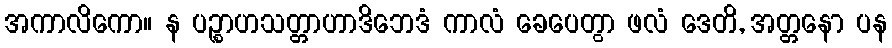
အကာလိကော။ န ပဉ္စာဟသတ္တာဟာဒိဘေဒံ ကာလံ ခေပေတွာ ဖလံ ဒေတိ, အတ္တနော ပန